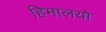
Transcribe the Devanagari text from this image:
हिमालयो